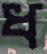
ধ